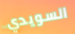
السويدي